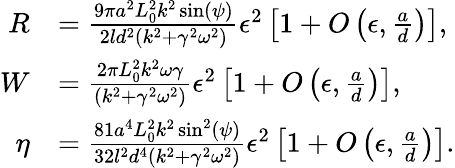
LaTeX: \begin{array}{rl}{R}&{=\frac{9\pi a^{2}L_{0}^{2}k^{2}\sin(\psi)}{2ld^{2}(k^{2}+\gamma^{2}\omega^{2})}\epsilon^{2}\left[1+O\left(\epsilon,\frac{a}{d}\right)\right],}\\ {W}&{=\frac{2\pi L_{0}^{2}k^{2}\omega\gamma}{\left(k^{2}+\gamma^{2}\omega^{2}\right)}\epsilon^{2}\left[1+O\left(\epsilon,\frac{a}{d}\right)\right],}\\ {\eta}&{=\frac{81a^{4}L_{0}^{2}k^{2}\sin^{2}(\psi)}{32l^{2}d^{4}\left(k^{2}+\gamma^{2}\omega^{2}\right)}\epsilon^{2}\left[1+O\left(\epsilon,\frac{a}{d}\right)\right].}\end{array}